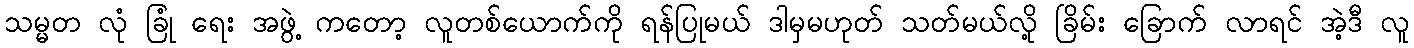
သမ္မတ လုံ ခြုံ ရေး အဖွဲ့ ကတော့ လူတစ်ယောက်ကို ရန်ပြုမယ် ဒါမှမဟုတ် သတ်မယ်လို့ ခြိမ်း ခြောက် လာရင် အဲ့ဒီ လူ